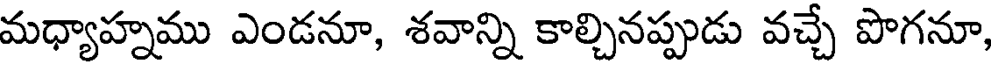
మధ్యాహ్నము ఎండనూ, శవాన్ని కాల్చినప్పుడు వచ్చే పొగనూ,